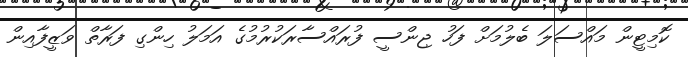
ކޮމިޓީން މައްސަލަ ބެލުމަށް ފަހު ޖިންސީ ފުރައްސާރަކުރުމުގެ އަމަލު ހިންގި ފަރާތް ވަޒީފާއިން